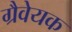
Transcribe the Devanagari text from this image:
ग्रैवेयक